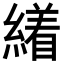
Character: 𦅝